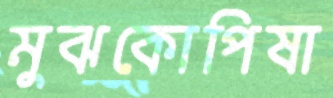
মুঝকোপিষা